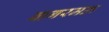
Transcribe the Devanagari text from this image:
बागरमऊ